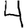
Digit: 4